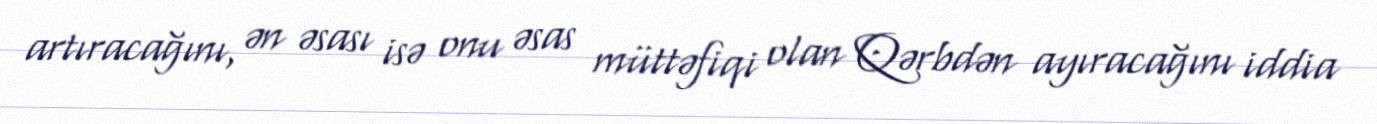
artıracağını, ən əsası isə onu əsas müttəfiqi olan Qərbdən ayıracağını iddia